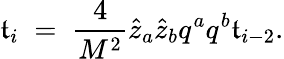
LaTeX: \mathfrak{t}_{i}\; =\; {\frac{{4}}{{M^{2}}}}\hat{{z}}_{a}\hat{{z}}_{b}q^{a}q^{b}\mathfrak{t}_{i-2}.